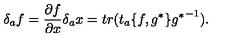
\delta _ { a } f = \frac { \partial f } { \partial x } \delta _ { a } x = t r ( t _ { a } \{ f , g ^ { * } \} { g ^ { * } } ^ { - 1 } ) .